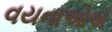
વયનાઓએ